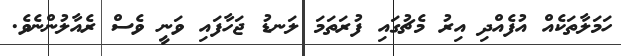
ހަމަލާތަކެއް އުފެއްދި އިރު މެޗުގައި ފުރަތަމަ ލަނޑު ޖަހާފައި ވަނީ ވެސް ރެއާލުންނެވެ.